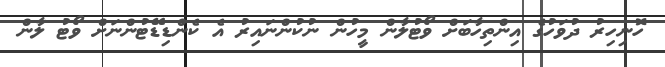
ހޮނިހިރު ދުވަހުގެ އިންތިހާބަށް ވޯޓުލާން މީހުން ނުކުންނައިރު އެ ކެންޑިޑޭޓުންނަށް ވޯޓު ލާން